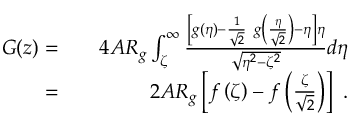
\begin{array} { r l r } { G ( z ) = } & { } & { 4 A R _ { g } \int _ { \zeta } ^ { \infty } \frac { \left[ g ( \eta ) - \frac { 1 } { \sqrt { 2 } } ~ g \left( \frac { \eta } { \sqrt { 2 } } \right) - \eta \right] \eta } { \sqrt { \eta ^ { 2 } - \zeta ^ { 2 } } } d \eta } \\ { = } & { } & { 2 A R _ { g } \left[ f \left( \zeta \right) - f \left( \frac { \zeta } { \sqrt { 2 } } \right) \right] ~ . } \end{array}